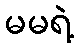
မမရဲ့